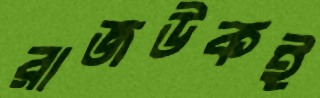
রাজউকই